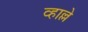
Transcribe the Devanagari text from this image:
व्हाल्ले